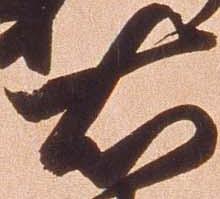
右